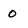
Character: 0